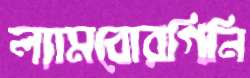
ল্যামবোরগিনি